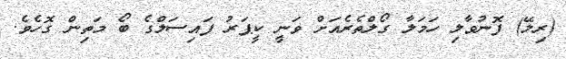
(ރިލޭ) ފޮނުވާލި ހަމަލާ ގޯލްތެރެއަށް ވަނީ ކީޕަރު ފައިސަލްގެ ބޯ މަތިން ގޮހެވެ.